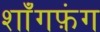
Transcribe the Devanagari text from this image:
शाँगफ़ंग